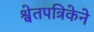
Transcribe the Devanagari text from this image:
श्वेतपत्रिकेने